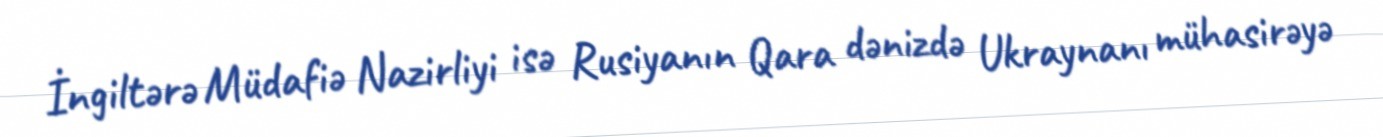
İngiltərə Müdafiə Nazirliyi isə Rusiyanın Qara dənizdə Ukraynanı mühasirəyə